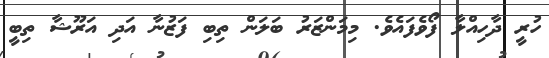
ހުރީ ދާހިއްލާ ފޯވެފައެވެ. މިމަންޒަރު ބަލަން ތިބި ފަޒުނާ އަދި އަރޫޝާ ތިބީ